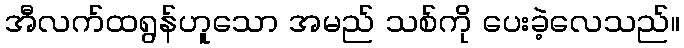
အီလက်ထရွန်ဟူသော အမည် သစ်ကို ပေးခဲ့လေသည်။